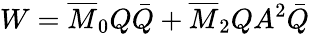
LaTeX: W=\overline{{{M}}}_{0}Q\bar{Q}+\overline{{{M}}}_{2}QA^{2}\bar{Q}